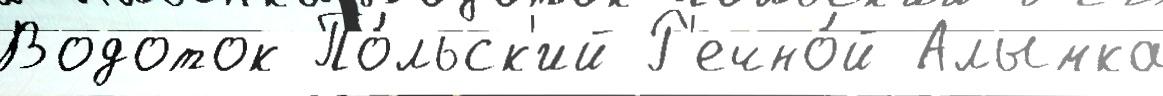
Водоток По́льск'ий Р'ечно́й Алымка